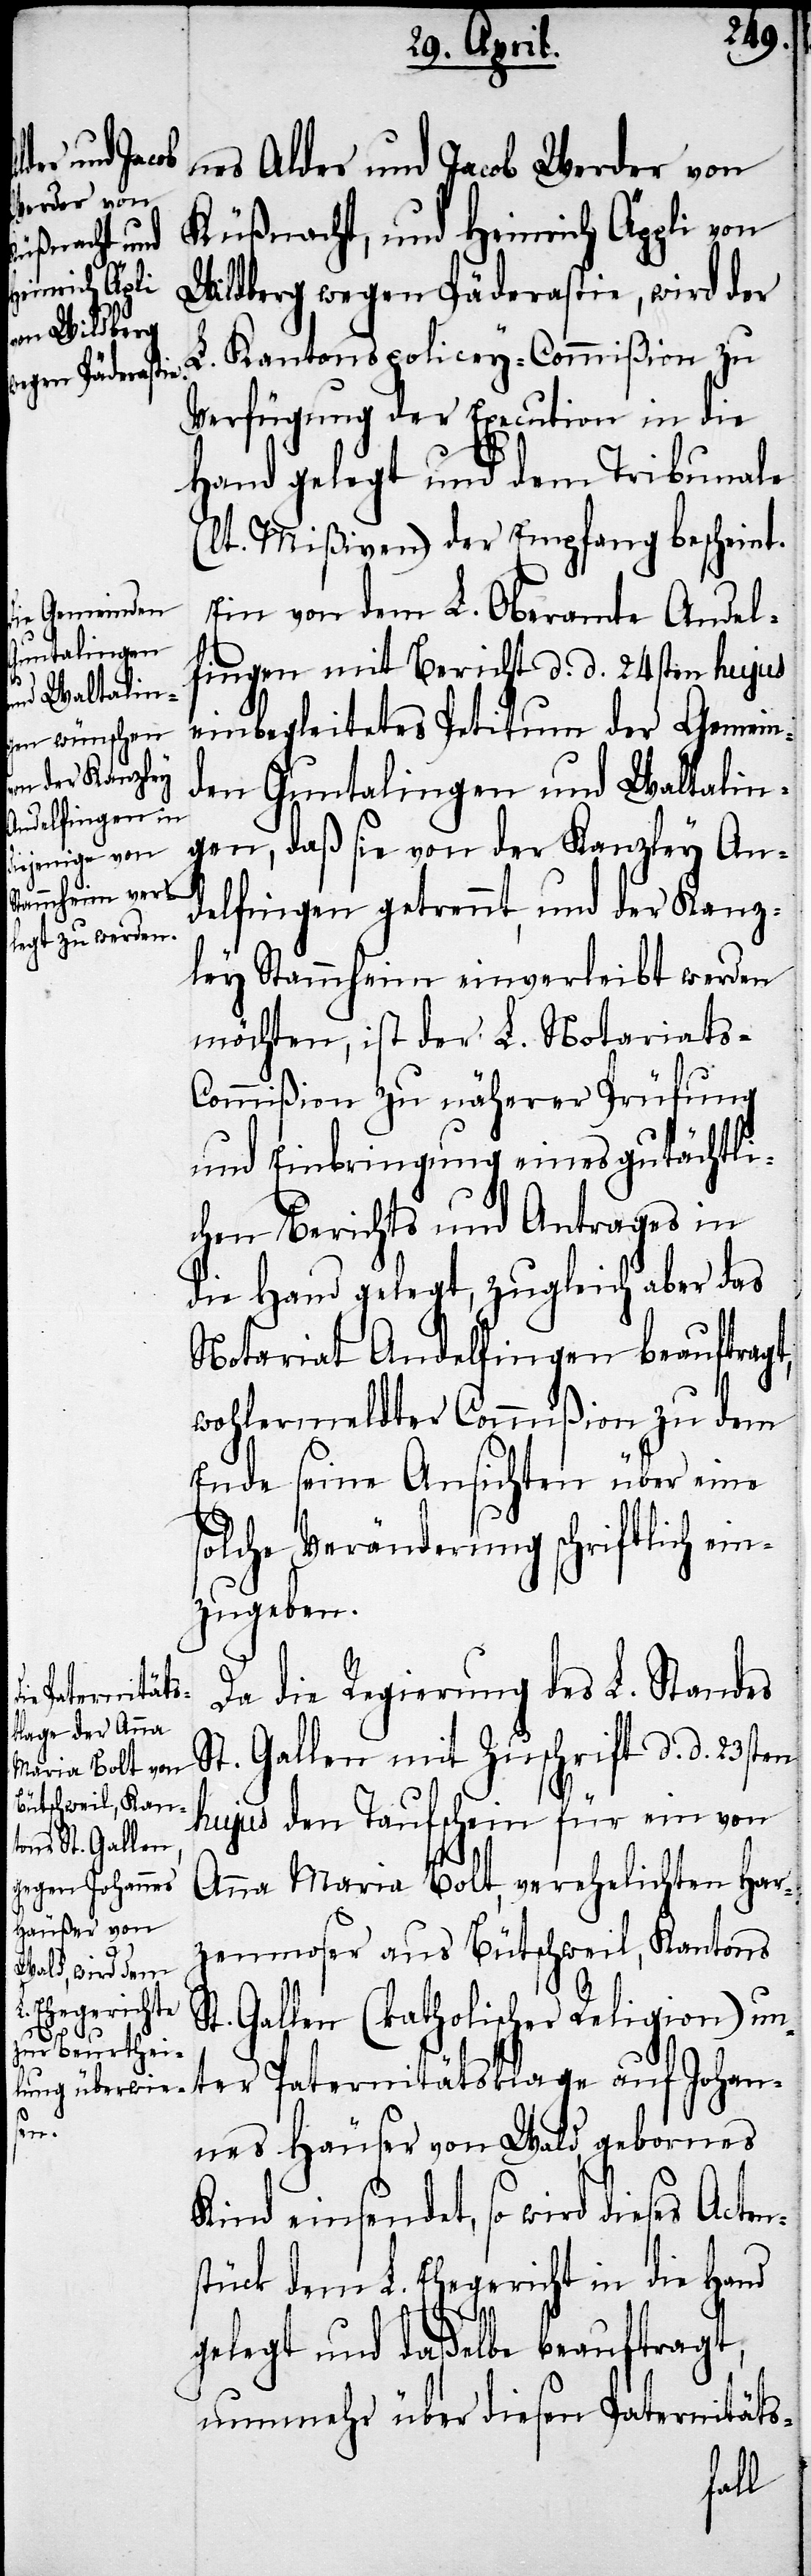
nes Alder und Jacob Werder von
Küßnacht, und Heinrich Äppli von
Wildberg wegen Päderastie, wird der
L. Kantonspolicey-Commißion zu
Verfügung der Execution in die
Hand gelegt und dem Tribunale
(lt. Mißiven) der Empfang bescheint.
Ein von dem L. Oberamte Andel¬
fingen mit Bericht d. d. 24sten hujus
einbegleitetes Petitum der Gemein¬
den Guntalingen und Waltalin¬
gen, daß sie von der Kanzley An¬
delfingen getrennt, und der Kanz¬
ley Stammheim einverleibt werden
möchten, ist der L. Notariats-C¬
ommißion zu näherer Prüfung
und Einbringung eines gutächtli¬
chen Berichts und Antrages in
die Hand gelegt, zugleich aber das
Notariat Andelfingen beauftragt,
wohlermeldter Commißion zu dem
Ende seine Ansichten über eine
solche Veränderung schriftlich ein¬
zugeben.
Da die Regierung des L. Standes
St. Gallen mit Zuschrift d. d. 23sten
hujus den Taufschein für ein von
Anna Maria Bolt, verehelichten Har¬
zenmoser aus Bütschweil, Kantons
St. Gallen (katholischer Religion) un¬
ter Paternitätsklage auf Johan¬
nes Häuser von Wald, gebornes
Kind einsendet, so wird dieses Acten¬
stück dem L. Ehegericht in die Hand
gelegt und daßelbe beauftragt,
nunmehr über diesen Paternitäts-